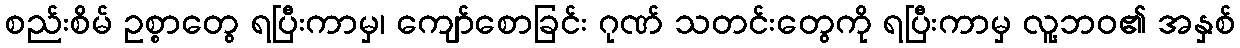
စည်းစိမ် ဥစ္စာတွေ ရပြီးကာမှ၊ ကျော်စောခြင်း ဂုဏ် သတင်းတွေကို ရပြီးကာမှ လူ့ဘဝ၏ အနှစ်